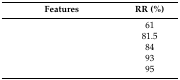
<table><thead><tr><td><b>Features</b></td><td><b>RR (%)</b></td></tr></thead><tbody><tr><td>[EMPTY_CELL]</td><td>61</td></tr><tr><td>[EMPTY_CELL]</td><td>81.5</td></tr><tr><td>[EMPTY_CELL]</td><td>84</td></tr><tr><td>[EMPTY_CELL]</td><td>93</td></tr><tr><td>[EMPTY_CELL]</td><td>95</td></tr></tbody></table>